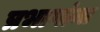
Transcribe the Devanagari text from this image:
प्रभागांना